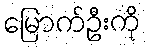
မြောက်ဦးကို